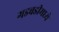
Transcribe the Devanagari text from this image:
गडबडीमध्ये